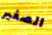
الصغير